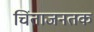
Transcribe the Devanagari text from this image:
चिंताजनतक